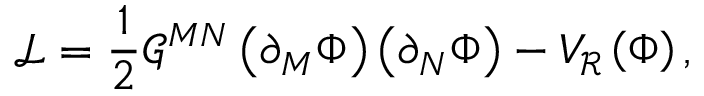
\mathcal { L } = \frac { 1 } { 2 } \mathcal { G } ^ { M N } \left( \partial _ { M } \Phi \right) \left( \partial _ { N } \Phi \right) - V _ { \mathcal { R } } \left( \Phi \right) ,